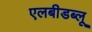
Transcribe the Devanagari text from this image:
एलबीडब्लू